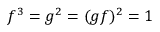
f ^ { 3 } = g ^ { 2 } = ( g f ) ^ { 2 } = 1